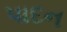
પાદન